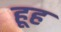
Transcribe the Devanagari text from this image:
हूह